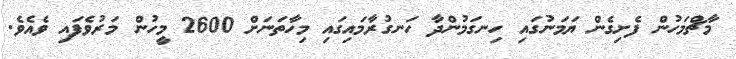
މާޗްމަހުން ފެށިގެން ޔަމަނުގައި ހިނގަމުންދާ ހަނގުރާމައިގައި މިހާތަނަށް 2600 މީހުން މަރުވެފައި ވެއެވެ.